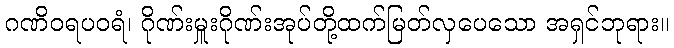
ဂဏိဝရပဝရံ၊ ဂိုဏ်းမှူးဂိုဏ်းအုပ်တို့ထက်မြတ်လှပေသော အရှင်ဘုရား။